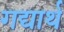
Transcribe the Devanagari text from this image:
गद्यार्थ